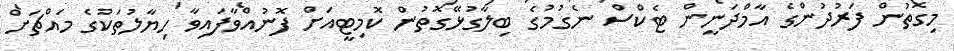
މިގޮތުން ފަރުދުންގެ އާމްދަނީން ޓެކްސް ނެގުމުގެ ބިލާގުޅޭގޮތުން ކޮމިޓީއަށް ފޮނުއްވާފައިވާ ހިޔާލުތަކުގެ މައްޗަށް